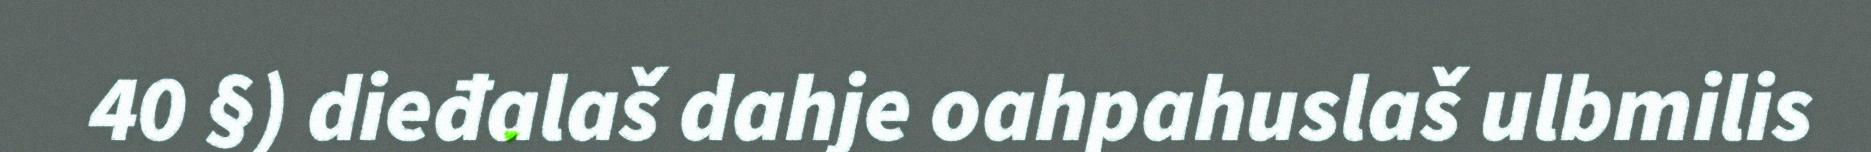
40 §) dieđalaš dahje oahpahuslaš ulbmilis